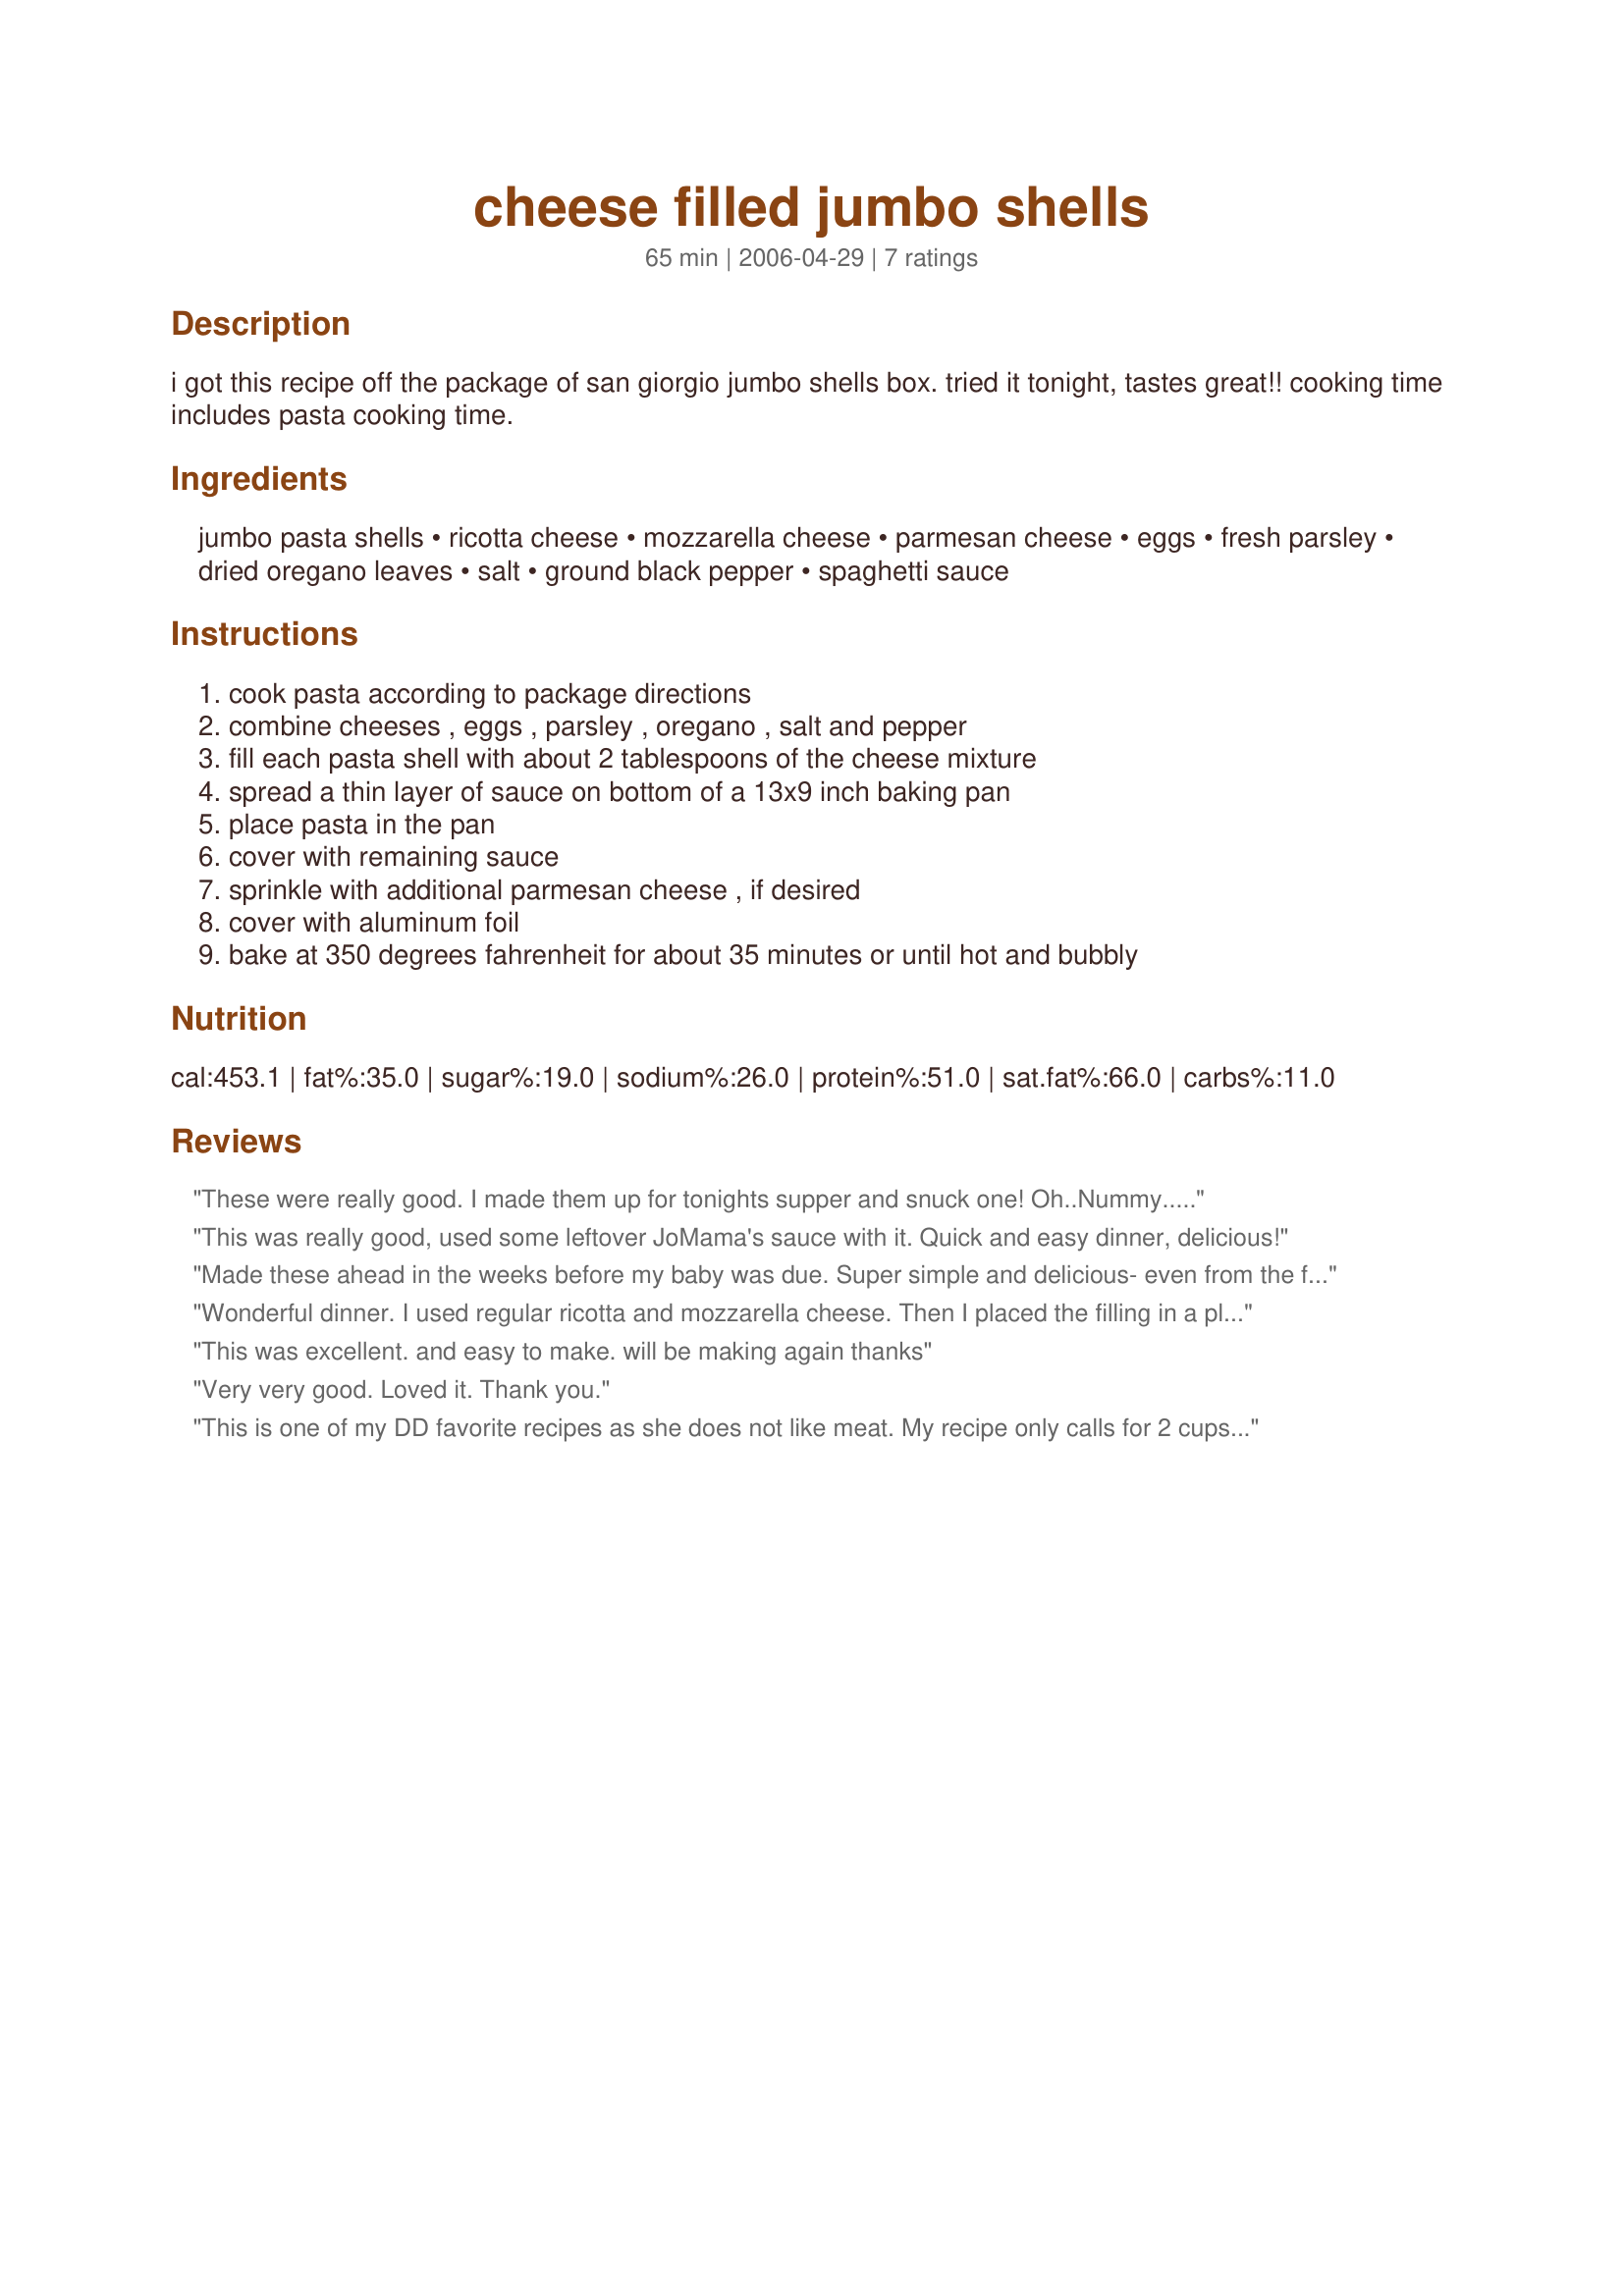
cheese filled jumbo shells
Preparation time: 65 minutes

i got this recipe off the package of san giorgio jumbo shells box. tried it tonight, tastes great!! cooking time includes pasta cooking time.

Ingredients:
jumbo pasta shells, ricotta cheese, mozzarella cheese, parmesan cheese, eggs, fresh parsley, dried oregano leaves, salt, ground black pepper, spaghetti sauce

Steps:
cook pasta according to package directions, combine cheeses , eggs , parsley , oregano , salt and pepper, fill each pasta shell with about 2 tablespoons of the cheese mixture, spread a thin layer of sauce on bottom of a 13x9 inch baking pan, place pasta in the pan, cover with remaining sauce, sprinkle with additional parmesan cheese , if desired, cover with aluminum foil, bake at 350 degrees fahrenheit for about 35 minutes or until hot and bubbly

Reviews:
These were really good. I made them up for tonights supper and snuck one! Oh..Nummy.....
This was really good, used some leftover JoMama's sauce with it. Quick and easy dinner, delicious!
Made these ahead in the weeks before my baby was due. Super simple and delicious- even from the freezer. Thanks!
Wonderful dinner. I used regular ricotta and mozzarella cheese. Then I placed the filling in a plastic bag and cut off the corner to 'squeeze' the filling into the almost completely cooked shells. Served it with a green salad and crusty french bread. Thanks for posting.
This was excellent. and easy to make. will be making again thanks
Very very good. Loved it. Thank you.
This is one of my DD favorite recipes as she does not like meat. My recipe only calls for 2 cups sauce but other than that it is the same. I have had the recipe so long, I don't even remember where I got it. Great meal. Thanks for posting.
